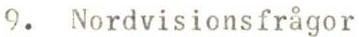
9. Nordvisionsfrågor